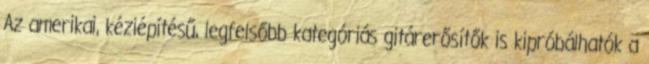
Az amerikai, kéziépítésű, legfelsőbb kategóriás gitárerősítők is kipróbálhatók a